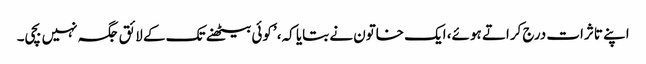
اپنے تاثرات درج کراتے ہوئے، ایک خاتون نے بتایا کہ، ’کوئی بیٹھنے تک کے لائق جگہ نہیں بچی۔